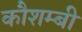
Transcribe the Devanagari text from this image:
कौशम्बी